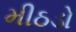
મીઠડો